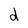
Character: d